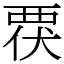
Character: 覄